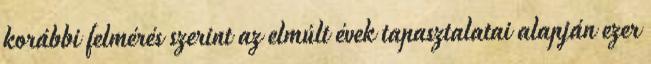
korábbi felmérés szerint az elmúlt évek tapasztalatai alapján ezer